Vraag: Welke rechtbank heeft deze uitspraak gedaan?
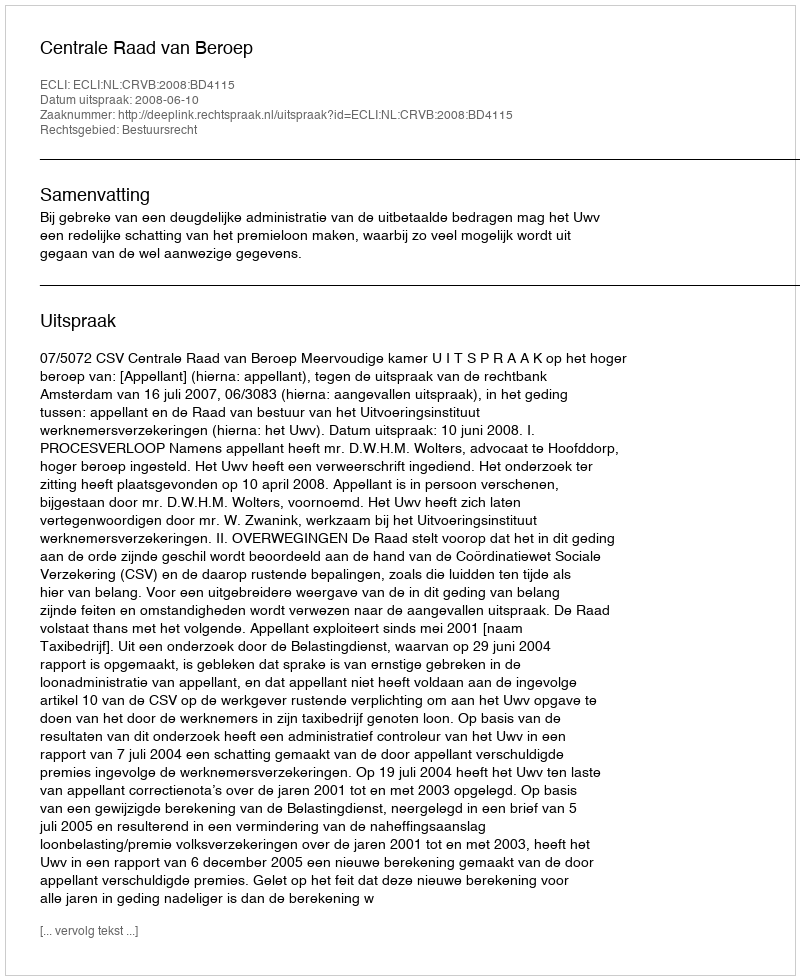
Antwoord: Centrale Raad van Beroep